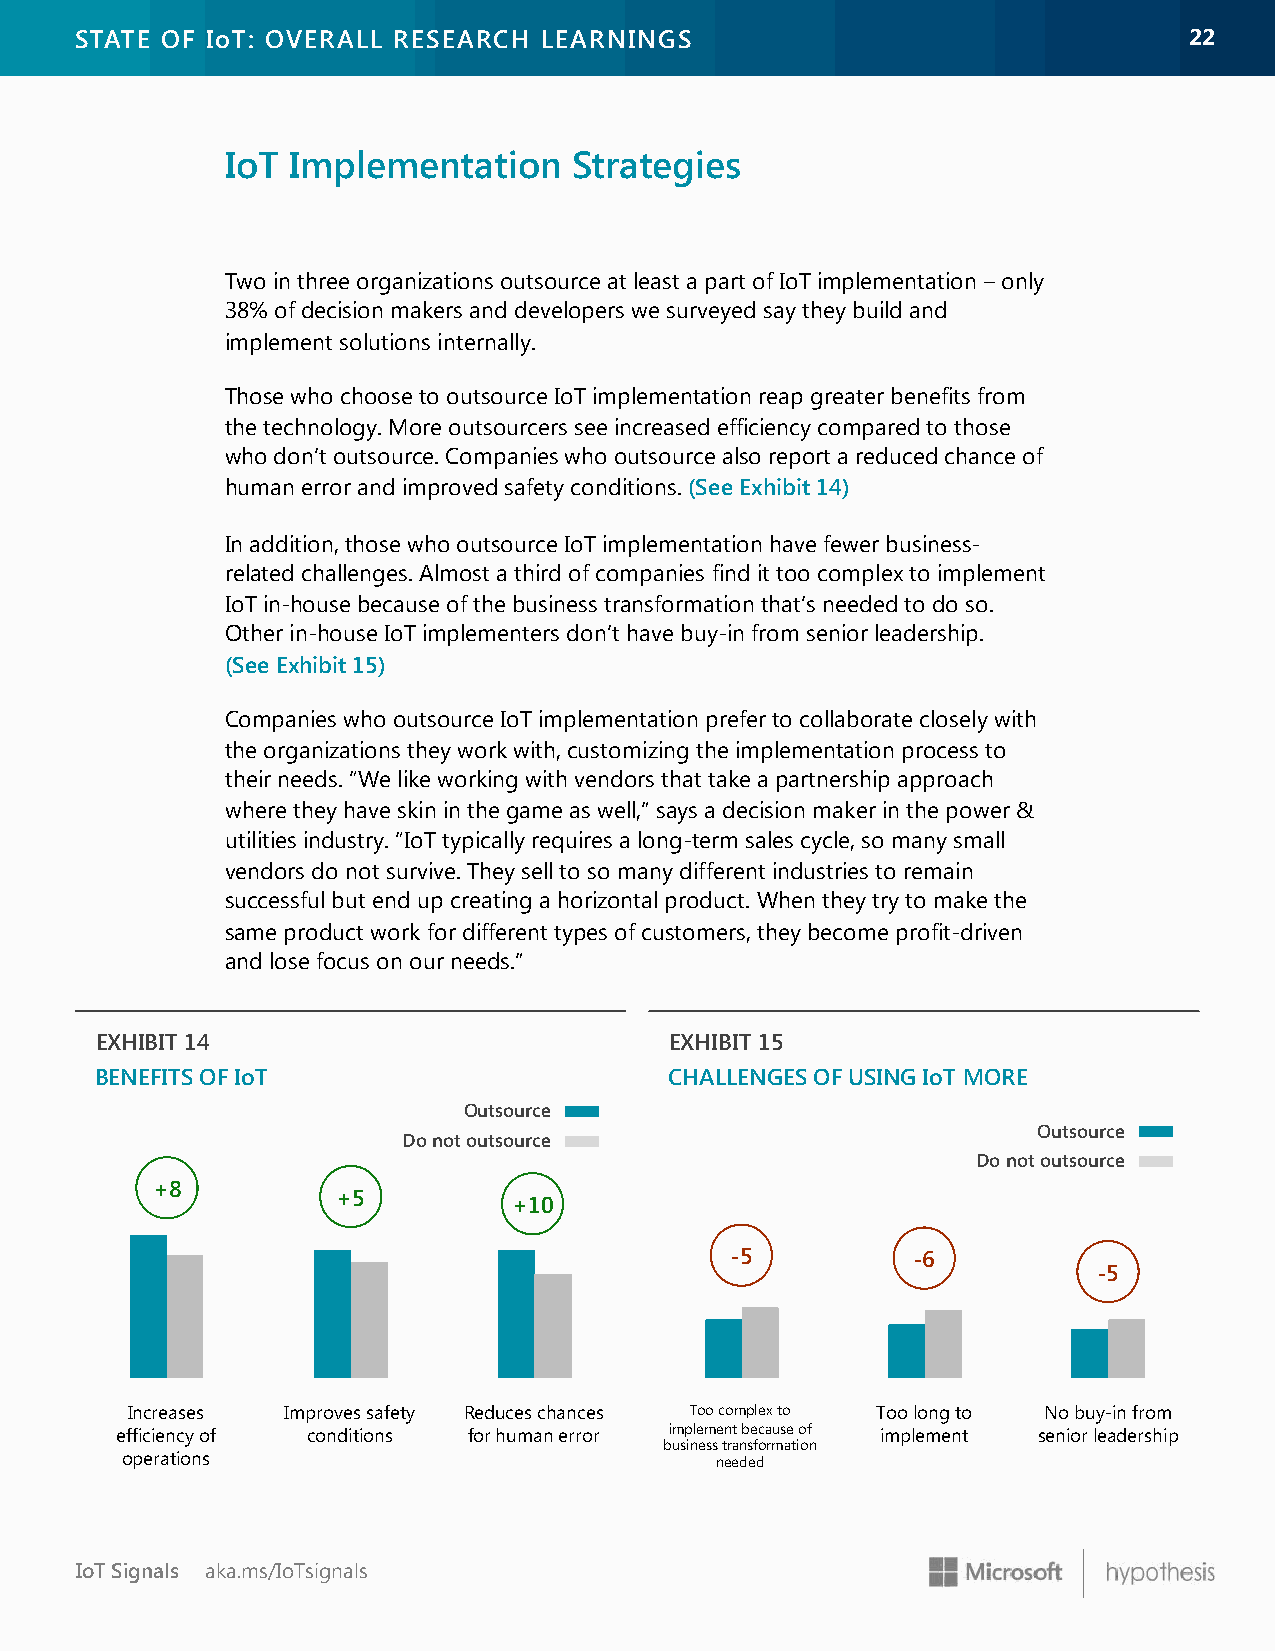
STATE OF IoT: OVERALL RESEARCH LEARNINGS                                  2222
 IoT Implementation     Strategies
 Two in three organizations outsource at least a part of IoT implementation – only
 38% of decision makers and developers we surveyed say they build and
 implement solutions internally.
 Those who choose to outsource IoT implementation reap greater benefits from
 the technology. More outsourcers see increased efficiency compared to those
 who don’t outsource. Companies who outsource also report a reduced chance of
 human error and improved safety conditions. (See Exhibit 14)
 In addition, those who outsource IoT implementation have fewer business-
 related challenges. Almost a third of companies find it too complex to implement
 IoT in-house because of the business transformation that’s needed to do so.
 Other in-house IoT implementers don’t have buy-in from senior leadership.
 (See Exhibit 15)
 Companies who outsource IoT implementation prefer to collaborate closely with
 the organizations they work with, customizing the implementation process to
 their needs. “We like working with vendors that take a partnership approach
 where they have skin in the game as well,” says a decision maker in the power &
 utilities industry. “IoT typically requires a long-term sales cycle, so many small
 vendors do not survive. They sell to so many different industries to remain
 successful but end up creating a horizontal product. When they try to make the
 same product work for different types of customers, they become profit-driven
 and lose focus on our needs.”
 EXHIBIT 14                            EXHIBIT 15
 BENEFITS OF IoT                       CHALLENGES OF USING IoT MORE
 Outsource
 Outsource
 Do not outsource
 Do not outsource
 +8
 +5
 +10
 -5          -6
 -5
 Increases  Improves safety Reduces chances Too complex to Too long to No buy-in from
 efficiency of conditions for human error implement because of implement senior leadership
 business transformation
 operations                             needed
 IoT Signals aka.ms/IoTsignals